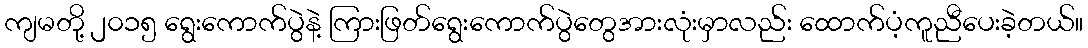
ကျမတို့ ၂၀၁၅ ရွေးကောက်ပွဲနဲ့ ကြားဖြတ်ရွေးကောက်ပွဲတွေအားလုံးမှာလည်း ထောက်ပံ့ကူညီပေးခဲ့တယ်။